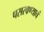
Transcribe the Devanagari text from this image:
पसरवण्याचं